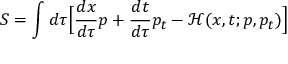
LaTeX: S = \int d \tau { \Big [ } { \frac { d x } { d \tau } } p + { \frac { d t } { d \tau } } p _ { t } - { \mathcal { H } } ( x , t ; p , p _ { t } ) { \Big ] }